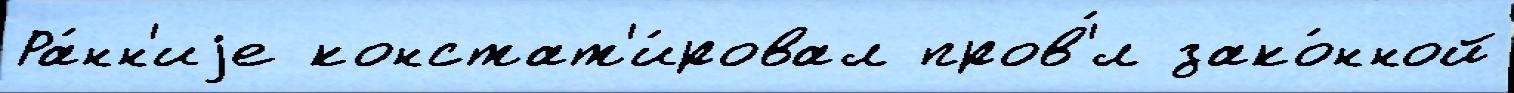
Ра́нн'иjе констат'и́ровал пров'́л зако́нной